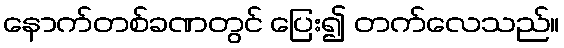
နောက်တစ်ခဏတွင် ပြေး၍ တက်လေသည်။